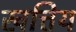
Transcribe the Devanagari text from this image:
खत्तिय